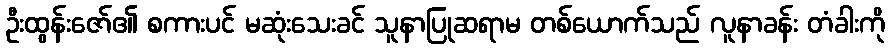
ဦးထွန်းဇော်၏ စကားပင် မဆုံးသေးခင် သူနာပြုဆရာမ တစ်ယောက်သည် လူနာခန်း တံခါးကို